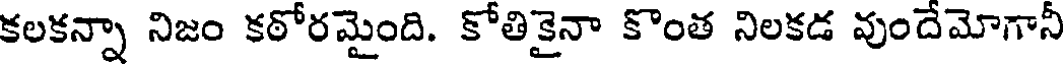
కలకన్నా నిజం కఠోరమైంది. కోతికైనా కొంత నిలకడ వుందేమోగానీ